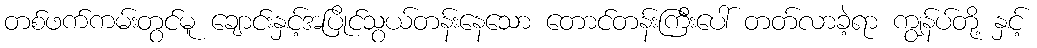
တစ်ဖက်ကမ်းတွင်မူ ချောင်းနှင့်အပြိုင်သွယ်တန်းနေသော တောင်တန်းကြီးပေါ် တတ်လာခဲ့ရာ ကျွန်ပ်တို့ နှင့်